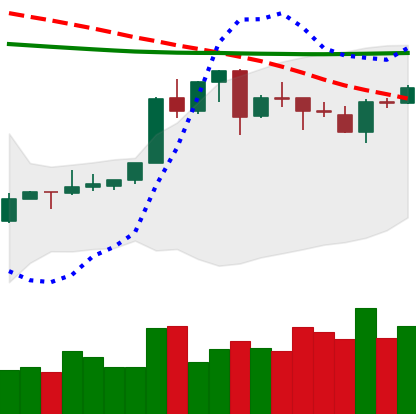
Ticker: XLM-USD
Chart end date: 2020-04-18
Forward return: 22.249%
Label: up_7plus